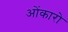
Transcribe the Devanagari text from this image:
ओंकारो